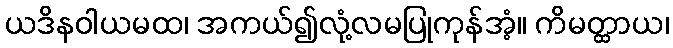
ယဒိနဝါယမထ၊ အကယ်၍လုံ့လမပြုကုန်အံ့။ ကိမတ္ထာယ၊